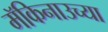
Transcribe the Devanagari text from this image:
मॅकिनाउच्या